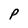
Character: P